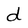
Character: d